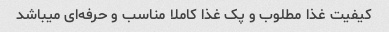
کیفیت غذا مطلوب و پک غذا کاملا مناسب و حرفه‌ای میباشد